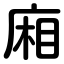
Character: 廂